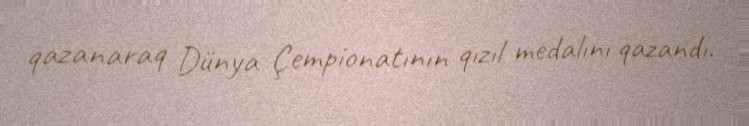
qazanaraq Dünya Çempionatının qızıl medalını qazandı.